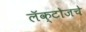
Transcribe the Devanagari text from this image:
लॅक्टोजचे